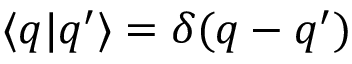
\langle q | q ^ { \prime } \rangle = \delta ( q - q ^ { \prime } )